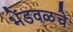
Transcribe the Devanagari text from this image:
भेंडवळचे